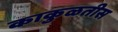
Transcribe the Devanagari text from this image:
काकुळतीस